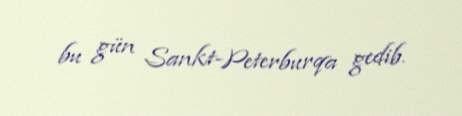
bu gün Sankt-Peterburqa gedib.